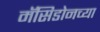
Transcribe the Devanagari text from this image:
मॅसिडोनच्या